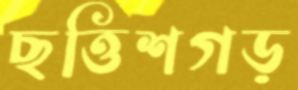
ছত্তিশগড়